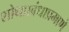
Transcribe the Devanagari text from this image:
शोधप्रबंधाप्रमाणे